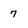
Character: 7